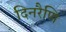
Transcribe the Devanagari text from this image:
दिनरैणि